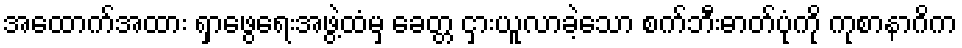
အထောက်အထား ရှာဖွေရေးအဖွဲ့ထံမှ ခေတ္တ ငှားယူလာခဲ့သော စက်ဘီးဓာတ်ပုံကို ကုစာနာဂိက